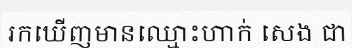
រកឃើញមានឈ្មោះហាក់ សេង ជា